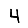
Digit: 4